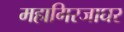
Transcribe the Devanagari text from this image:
महागिरजाघर